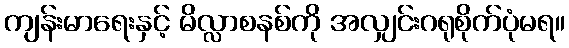
ကျန်းမာရေးနှင့် မိလ္လာစနစ်ကို အလျှင်းဂရုစိုက်ပုံမရ။